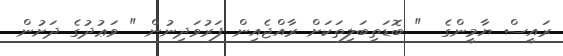
ރައީސް ޔާމީންގެ  " ބޮޑަތިބަލިތަކަށް ރާއްޖެއިން ފަރުވަދިނުން " ވަޢުދުގެ ދަށުން